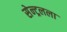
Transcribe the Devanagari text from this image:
सेन्ट्रलला